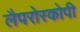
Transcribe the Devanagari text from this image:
लैपरोस्कोपी